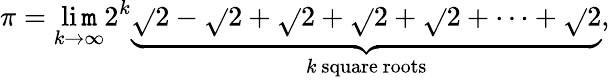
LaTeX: \pi=\operatorname*{li\mathtt{m}}_{k\to\infty}2^{k}\underbrace{{\sqrt{}{{2-{\sqrt{}{{2+{\sqrt{}{{2+{\sqrt{}{{2+{\sqrt{}{{2+\cdots+{\sqrt{}{{2}}}}}}}}}}}}}}}}}}}_{k\ \mathrm{{square}}\ \mathrm{{roots}}},